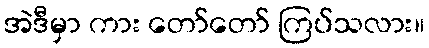
အဲဒီမှာ ကား တော်တော် ကြပ်သလား။